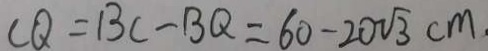
C Q = B C - B Q = 6 0 - 2 0 \sqrt { 3 } c m .